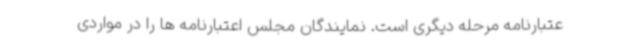
عتبارنامه مرحله دیگری است. نمایندگان مجلس اعتبارنامه ها را در مواردی